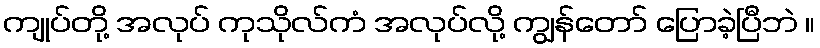
ကျုပ်တို့ အလုပ် ကုသိုလ်ကံ အလုပ်လို့ ကျွန်တော် ပြောခဲ့ပြီဘဲ ။